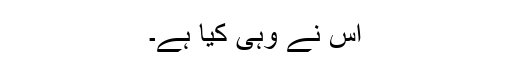
اس نے وہی کیا ہے۔